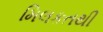
મિલકતથી